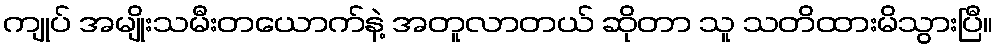
ကျုပ် အမျိုးသမီးတယောက်နဲ့ အတူလာတယ် ဆိုတာ သူ သတိထားမိသွားပြီ။